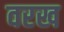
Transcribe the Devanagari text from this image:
वरख